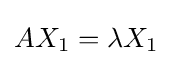
AX_{1}=\lambda X_{1}